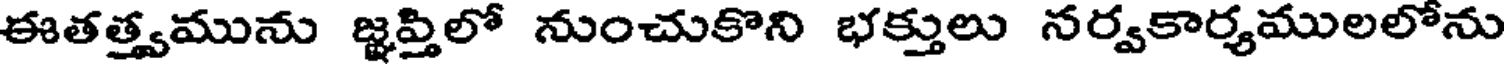
ఈతత్త్వమును జ్ఞప్తిలో నుంచుకొని భక్తులు నర్వకార్యములలోను